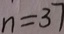
n = 3 7